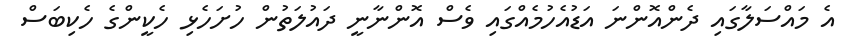
އެ މައްސަލާގައި ދެންއޮންނަ އަޑުއެހުމެއްގައި ވެސް އޮންނާނީ ދައުލަތުން ހުށަހެޅި ހެކީންގެ ހެކިބަސް